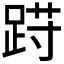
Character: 𲃩